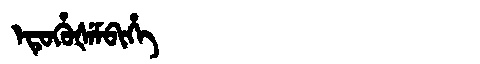
Manchu: ᡝᡨᡠᡥᡠᡧᡝᠮᠪᡳᡥᡝ
Romanization: ETUHUŠEMBIHE